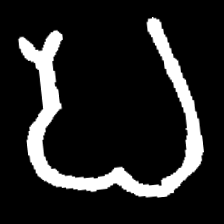
Pyu character \u2014 Myanmar letter: ပ (romanized: pa)